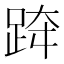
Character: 𨀗